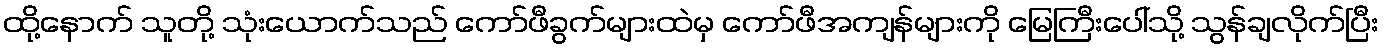
ထို့နောက် သူတို့ သုံးယောက်သည် ကော်ဖီခွက်များထဲမှ ကော်ဖီအကျန်များကို မြေကြီးပေါ်သို့ သွန်ချလိုက်ပြီး